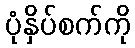
ပုံနှိပ်စက်ကို